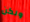
ولكن